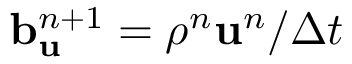
\mathbf b _ { \mathbf u } ^ { n + 1 } = \rho ^ { n } \mathbf u ^ { n } / \Delta t